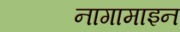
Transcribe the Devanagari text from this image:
नागामाइन